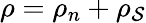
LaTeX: \rho=\rho_{n}+\rho_{\mathcal{S}}